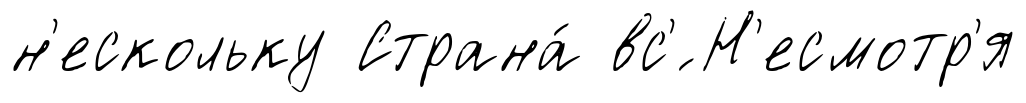
н'ескольку Страна́ вс'́ Н'есмотр'я